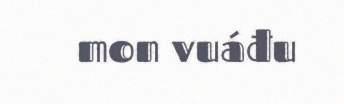
mon vuáđu